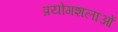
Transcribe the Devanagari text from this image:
प्रयोगशलाओं